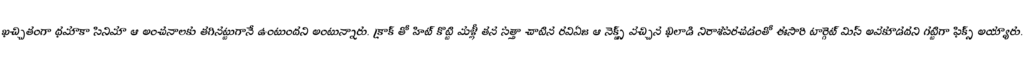
ఖచ్చితంగా ధమాకా సినిమా ఆ అంచనాలకు తగినట్టుగానే ఉంటుందని అంటున్నారు. క్రాక్ తో హిట్ కొట్టి మళ్లీ తన సత్తా చాటిన రవిఏజ ఆ నెక్స్ట్ వచ్చిన ఖిలాడి నిరాశపరచడంతో ఈసారి టార్గెట్ మిస్ అవకూడదని గట్టిగా ఫిక్స్ అయ్యారు.